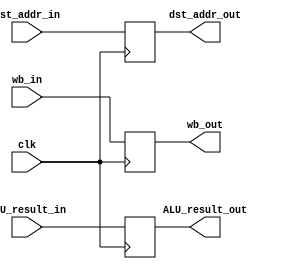
module EX_MEM(
    //outputs
    output wb_out,
    output [31:0]ALU_result_out,
    output [4:0]dst_addr_out,
    //Inputs
    input wb_in,
    input [31:0]ALU_result_in,
    input [4:0]dst_addr_in,
    input clk
);
reg wb;
reg [31:0]ALU_result;
reg [4:0]dst_addr;
always @(posedge clk) begin
    wb <= wb_in;
    ALU_result <= ALU_result_in;
    dst_addr <= dst_addr_in;
end

assign wb_out = wb;
assign ALU_result_out = ALU_result;
assign dst_addr_out = dst_addr;

endmodule